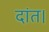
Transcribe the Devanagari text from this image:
दांत।